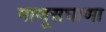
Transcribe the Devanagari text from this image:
माणूसघाणा